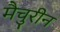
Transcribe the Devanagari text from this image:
मैचुरीन